Vaccination in Burma 1920-1933 - 1920-1933
Year: 1920
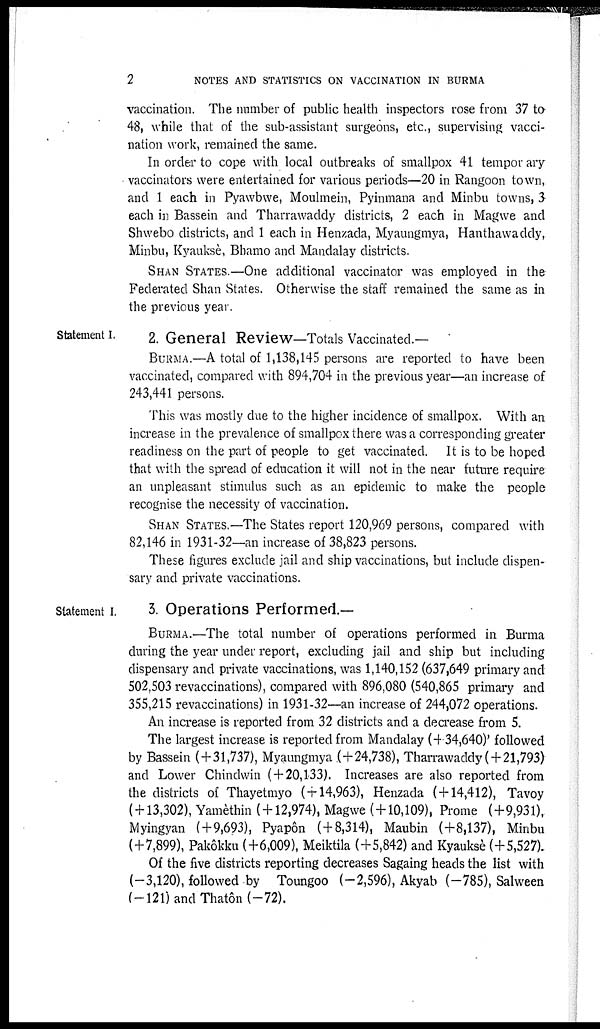
2
NOTES AND STATISTICS ON VACCINATION IN BURMA
vaccination. The number of public health inspectors rose from 37 to
48, while that of the sub-assistant surgeons, etc., supervising vacci-
nation work, remained the same.
In order to cope with local outbreaks of smallpox 41 temporary
vaccinators were entertained for various periods—20 in Rangoon town,
and 1 each in Pyawbwe, Moulmein, Pyinmana and Minbu towns, 3
each in Bassein and Tharrawaddy districts, 2 each in Magwe and
Shwebo districts, and 1 each in Henzada, Myaungmya, Hanthawaddy,
Minbu, Kyauksè, Bhamo and Mandalay districts.
SHAN STATES.—One additional vaccinator was employed in the
Federated Shan States. Otherwise the staff remained the same as in
the previous year.
Statement I.
2. General Review—Totals Vaccinated.—
BURMA.—A total of 1,138,145 persons are reported to have been
vaccinated, compared with 894,704 in the previous year—an increase of
243,441 persons.
This was mostly due to the higher incidence of smallpox. With an
increase in the prevalence of smallpox there was a corresponding greater
readiness on the part of people to get vaccinated. It is to be hoped
that with the spread of education it will not in the near future require
an unpleasant stimulus such as an epidemic to make the people
recognise the necessity of vaccination.
SHAN STATES.—The States report 120,969 persons, compared with
82,146 in 1931-32—an increase of 38,823 persons.
These figures exclude jail and ship vaccinations, but include dispen-
sary and private vaccinations.
Statement I.
3. Operations Performed.—
BURMA.—The total number of operations performed in Burma
during the year under report, excluding jail and ship but including
dispensary and private vaccinations, was 1,140,152 (637,649 primary and
502,503 revaccinations), compared with 896,080 (540,865 primary and
355,215 revaccinations) in 1931-32—an increase of 244,072 operations.
An increase is reported from 32 districts and a decrease from 5.
The largest increase is reported from Mandalay (+ 34,640) followed
by Bassein (+31,737), Myaungmya (+24,738), Tharrawaddy( + 21,793)
and Lower Chindwin (+20,133). Increases are also reported from
the districts of Thayetmyo ( + 14,963), Henzada ( + 14,412), Tavoy
( + 13,302), Yamèthin ( + 12,974), Magwe (+10,109), Prome (+9,931),
Myingyan (+9,693), Pyapôn (+8,314), Maubin (+8,137), Minbu
(+7,899), Pakôkku (+6,009), Meiktila (+5,842) and Kyauksè (+5,527).
Of the five districts reporting decreases Sagaing heads the list with
(-3,120), followed by Toungoo (-2,596), Akyab (-785), Salween
(-121)andThatôn(-72).